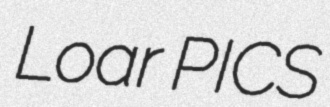
Loar PICS